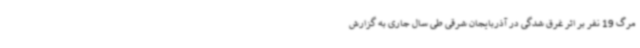
مرگ 19 نفر بر اثر غرق شدگی در آذربایجان شرقی طی سال جاری به گزارش